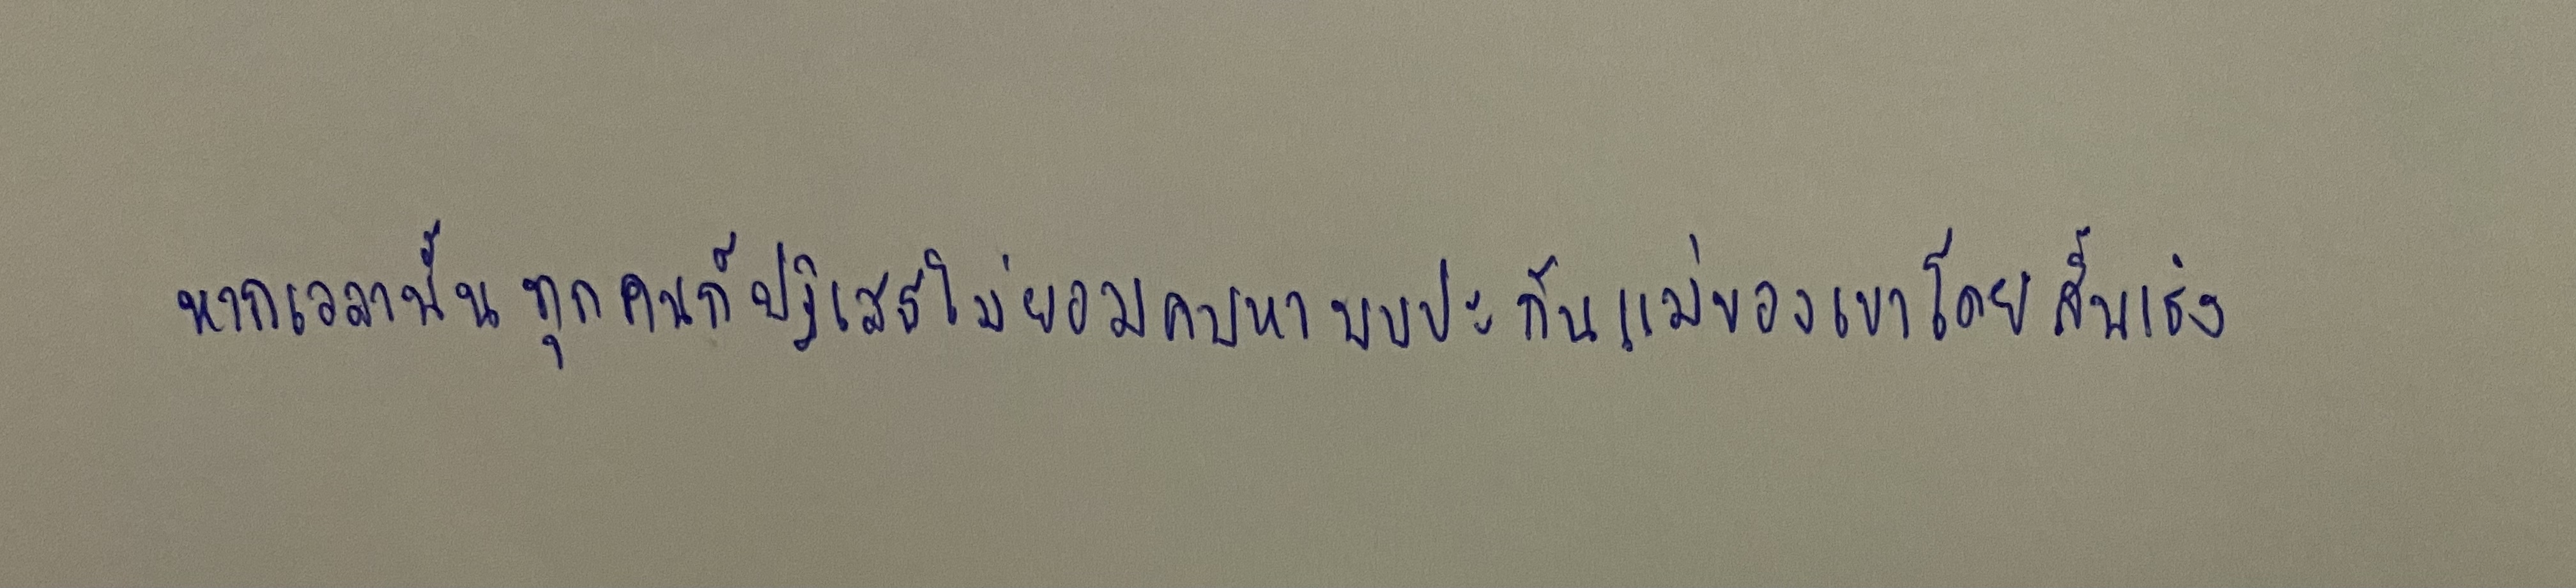
หากเวลานั้นทุกคนก็ปฏิเสธไม่ยอมคบหาพบปะกับแม่ของเขาโดยสิ้นเชิง